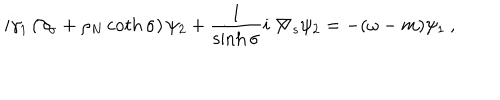
i \gamma _ { 1 } \left( \partial _ { \sigma } + \rho _ { N } \coth \sigma \right) \psi _ { 2 } + \frac { 1 } { \sinh \sigma } i \not \! \nabla _ { s } \psi _ { 2 } = - ( \omega - m ) \psi _ { 1 } \: ,